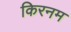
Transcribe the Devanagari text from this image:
किरनम